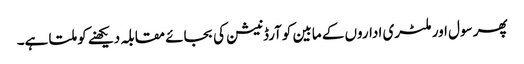
پھر سول اور ملٹری اداروں کے مابین کوآرڈنیشن کی بجائے مقابلہ دیکھنے کو ملتا ہے۔